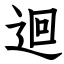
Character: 迴